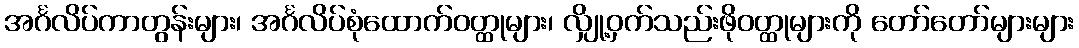
အင်္ဂလိပ်ကာတွန်းများ၊ အင်္ဂလိပ်စုံထောက်ဝတ္ထုများ၊ လျှို့ဝှက်သည်းဖိုဝတ္ထုများကို တော်တော်များများ